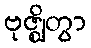
ဗုဇ္ဈိတွာ